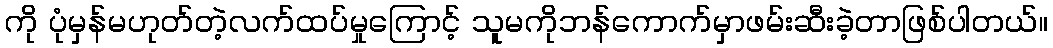
ကို ပုံမှန်မဟုတ်တဲ့လက်ထပ်မှုကြောင့် သူမကိုဘန်ကောက်မှာဖမ်းဆီးခဲ့တာဖြစ်ပါတယ်။